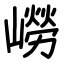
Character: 嶗